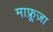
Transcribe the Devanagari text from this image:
माफ्रूज़ा